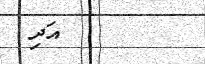
٥٧        އަދި